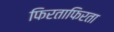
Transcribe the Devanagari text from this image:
फिरताफिरता